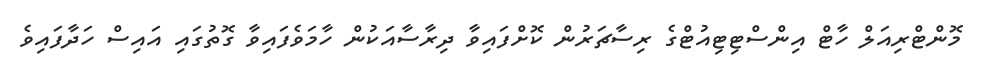
މޮންޓްރިއަލް ހާޓް އިންސްޓިޓިއުޓްގެ ރިސާޗަރުން ކޮށްފައިވާ ދިރާސާއަކުން ހާމަވެފައިވާ ގޮތުގައި އައިސް ހަދާފައިވެ